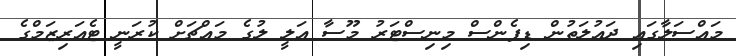
މައްސަލާގައި ދައުލަތުން ޑިފެންސް މިނިސްޓަރު މޫސާ އަލީ ލުގެ މައްޗަށް ކުރަނީ ޓެއަރިޒަމްގެ